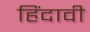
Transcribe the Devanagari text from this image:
हिंदावी